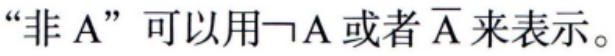
“非 A” 可以用\(\neg A\)或者\(\overline{A}\)来表示。